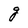
Character: g